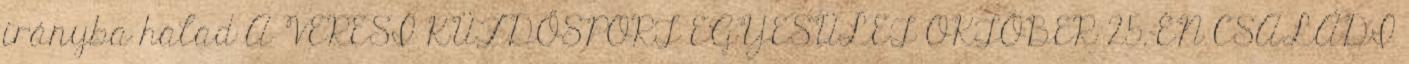
irányba halad A VERESI KÜZDŐSPORT EGYESÜLET OKTÓBER 25.-ÉN CSALÁDI